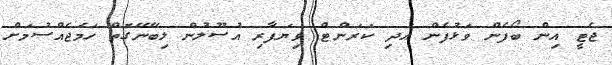
ޖެޓީ އިން ބޯފެން ވަޅުފެން އަދި ކަރަންޓް ވިޔަފާރި އުސޫލުން ލިބޭނޭގޮތް ހަމަޖެއްސުމަށް